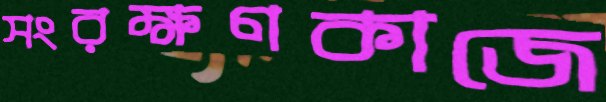
সংরক্ষণকাজে